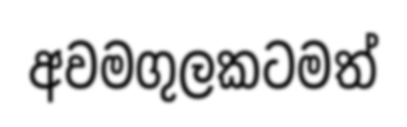
අවමගුලකටමත්